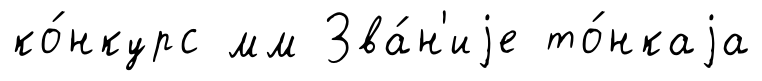
ко́нкурс мм Зва́н'иjе то́нкаjа